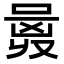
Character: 𠷛